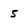
Character: 5